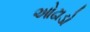
ઓઢાડો